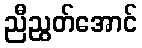
ညီညွတ်အောင်